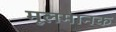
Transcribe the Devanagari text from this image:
मूलमानक